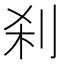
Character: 刹